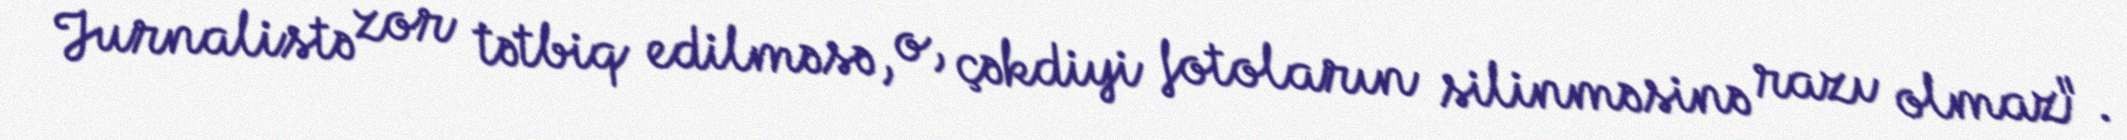
Jurnalistə zor tətbiq edilməsə, o, çəkdiyi fotoların silinməsinə razı olmaz".